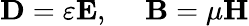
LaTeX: \mathbf{D}=\varepsilon\mathbf{E},\ \ \ \ \ \mathbf{B}=\mu\mathbf{H}